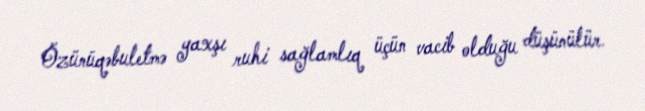
Özünüqəbuletmə yaxşı ruhi sağlamlıq üçün vacib olduğu düşünülür.